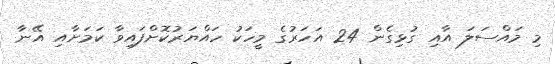
މި މައްސަލަ އާއި ގުޅިގެން 24 އަހަރުގެ މީހަކު ހައްޔަރުކޮށްފައިވާ ކަމަށާއި އޭނާ